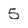
Character: 5